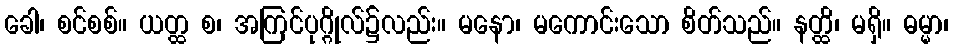
ခေါ၊ စင်စစ်။ ယတ္ထ စ၊ အကြင်ပုဂ္ဂိုလ်၌လည်း။ မနော၊ မကောင်းသော စိတ်သည်။ နတ္ထိ၊ မရှိ။ ဓမ္မာ၊